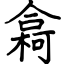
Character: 樖